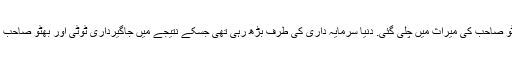
خیر یوں پیپلز پارٹی بهٹو صاحب کی میراث میں چلی گئی. دنیا سرمایہ داری کی طرف بڑھ رہی تهی جسکے نتیجے میں جاگیرداری ٹوٹی اور بھٹو صاحب کو پھانسی دے دی گئی۔